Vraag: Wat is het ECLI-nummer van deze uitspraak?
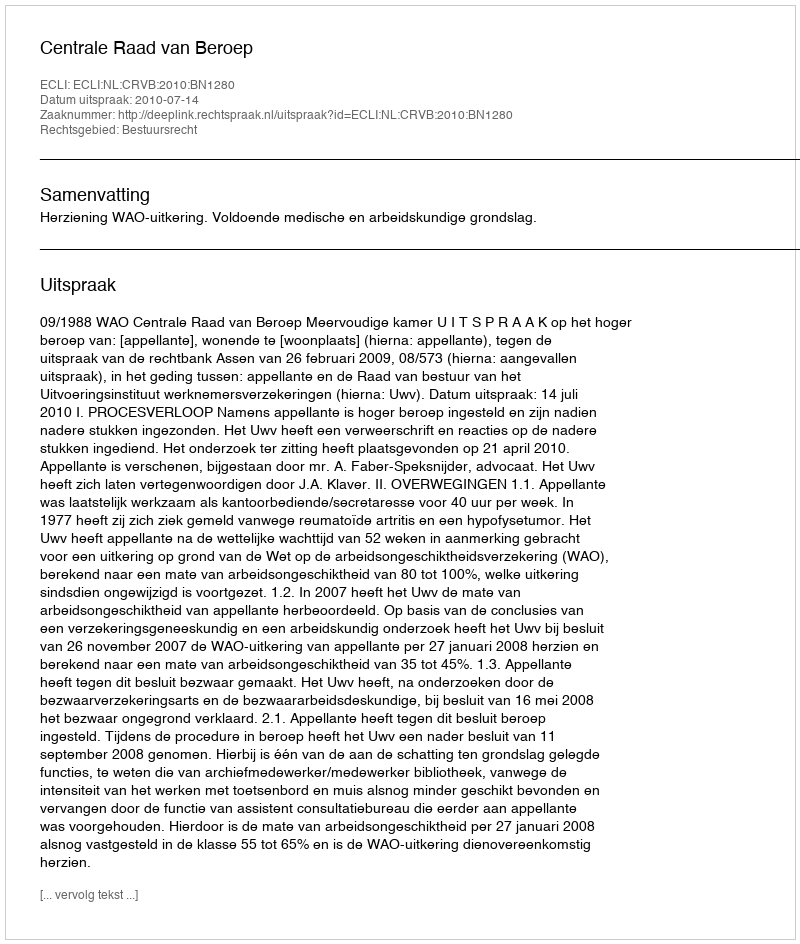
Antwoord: ECLI:NL:CRVB:2010:BN1280